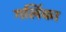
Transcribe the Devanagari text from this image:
गलिंका